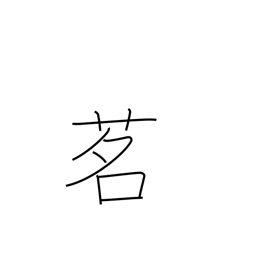
Meaning: tea